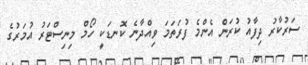
ސަރުކާރު ދިފާއު ކުރަން އެންމެ ފުރަތަމަ ވިއްދާނެ ކޮނޑަކީ ހޯމް މިނިސްޓަރު އުމަރުގެ